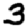
Digit: 3